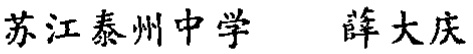
苏江泰州中学 薛大庆